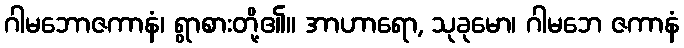
ဂါမဘောဇကာနံ၊ ရွာစားတို့၏။ အာဟာရော, သုခုမော၊ ဂါမဘေ ဇကာနံ